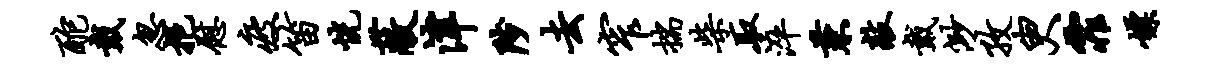
酡戴忽挹慰疲笛恍蔽津陟去窄揣柴取淬兼敲戴渺孜臾霏嫖